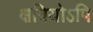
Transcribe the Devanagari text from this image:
क्षत्रियोऽपि